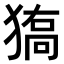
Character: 𤠬